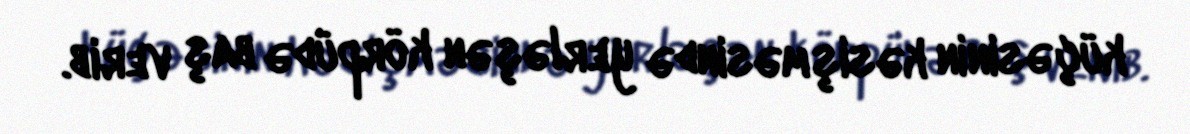
küçəsinin kəsişməsində yerləşən körpüdə baş verib.